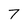
Character: 7